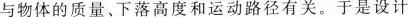
与物体的质量、下落高度和运动路径有关。于是设计